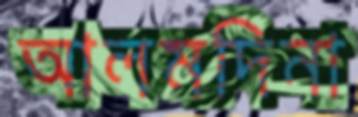
আলমদিনা